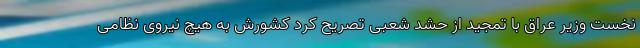
نخست وزیر عراق با تمجید از حشد شعبی تصریح کرد کشورش به هیچ نیروی نظامی